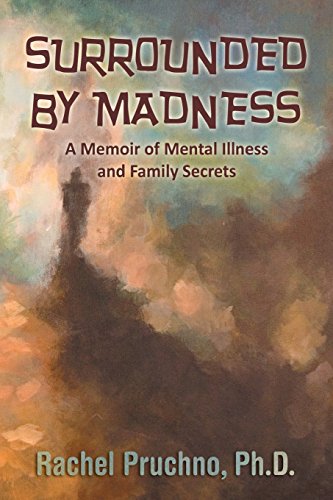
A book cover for Surrounded by Madness: A Memoir of Mental Illness and Family Secrets; Rachel Pruchno Ph. D.; Health, Fitness & Dieting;